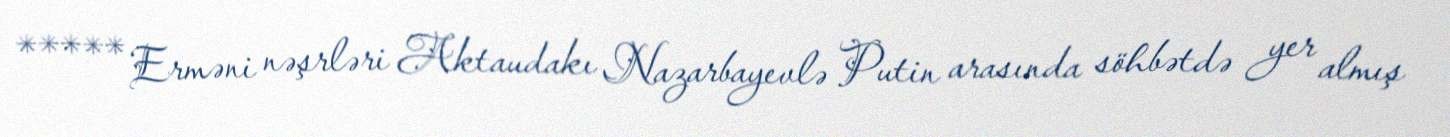
***** Erməni nəşrləri Aktaudakı Nazarbayevlə Putin arasında söhbətdə yer almış